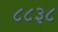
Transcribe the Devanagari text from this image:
८८३८